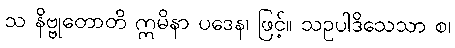
သ နိဗ္ဗုတောတိ ဣမိနာ ပဒေန၊ ဖြင့်။ သဥပါဒိသေသာ စ၊